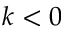
k < 0